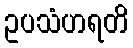
ဥပသံဟရတိ